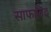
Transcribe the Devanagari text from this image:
साफाविद